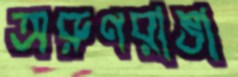
অরুণরাঙা